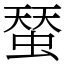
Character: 蝅